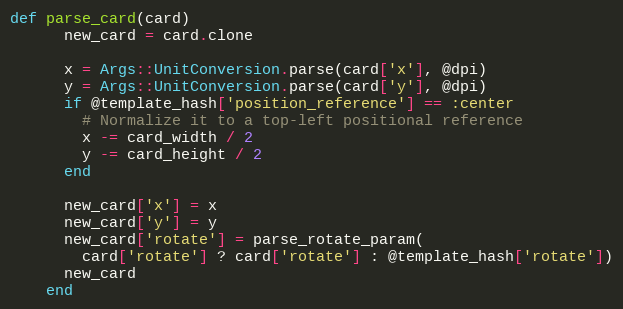
Language: Ruby
def parse_card(card)
      new_card = card.clone

      x = Args::UnitConversion.parse(card['x'], @dpi)
      y = Args::UnitConversion.parse(card['y'], @dpi)
      if @template_hash['position_reference'] == :center
        # Normalize it to a top-left positional reference
        x -= card_width / 2
        y -= card_height / 2
      end

      new_card['x'] = x
      new_card['y'] = y
      new_card['rotate'] = parse_rotate_param(
        card['rotate'] ? card['rotate'] : @template_hash['rotate'])
      new_card
    end